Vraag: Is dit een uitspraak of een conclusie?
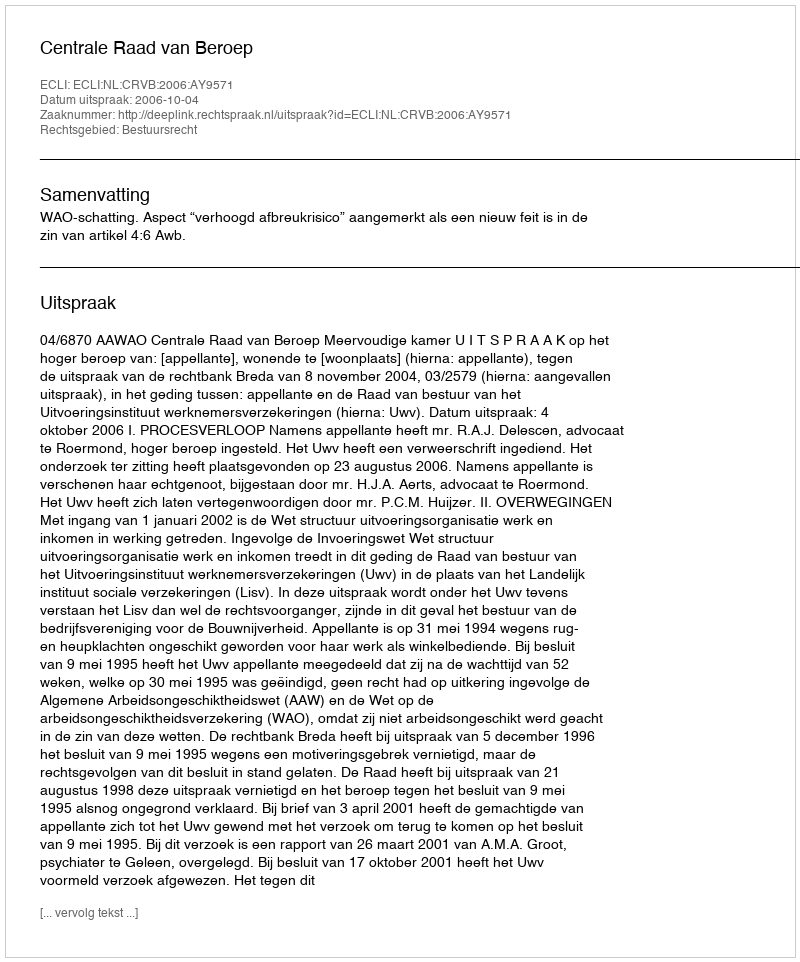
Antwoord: Uitspraak